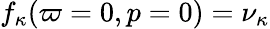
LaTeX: f_{\kappa}(\varpi=0,p=0)=\nu_{\kappa}